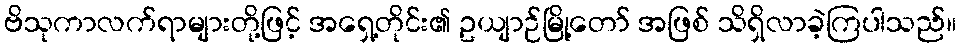
ဗိသုကာလက်ရာများတို့ဖြင့် အရှေ့တိုင်း၏ ဥယျာဉ်မြို့တော် အဖြစ် သိရှိလာခဲ့ကြပါသည်။